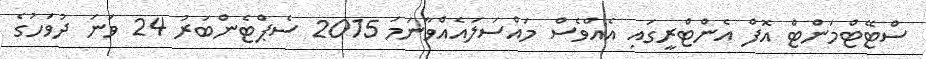
ސްޓޭޓްމަންޓް އޮފް އެންޓްރީގައި އެއްވެސް މައްސަލައެއްވާނަމަ 2015 ސެޕްޓެންބަރު 24 ވަނަ ދުވަހުގެ